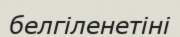
белгіленетіні